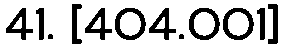
41. [404.001]